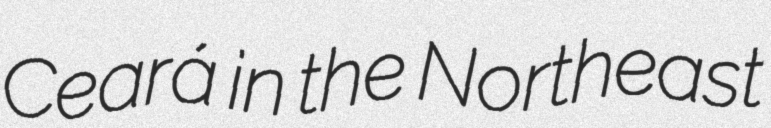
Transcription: Ceará in the Northeast